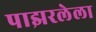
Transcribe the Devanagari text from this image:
पाझरलेला